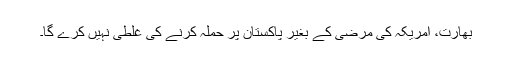
بھارت، امریکہ کی مرضی کے بغیر پاکستان پر حملہ کرنے کی غلطی نہیں کرے گا۔